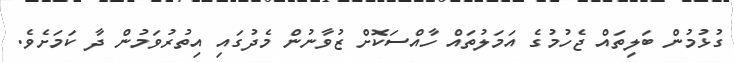
ގުޅުމުން ބަލިތައް ޖެހުމުގެ އަމަލުތައް ހާއްސަކޮށް ޒުވާނުން މެދުގައި އިތުރުވަމުން ދާ ކަމަށެވެ.